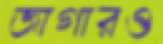
জাগারও